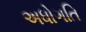
અધોગતિ